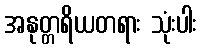
အနုတ္တရိယတရား သုံးပါး